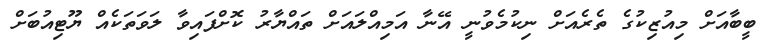
ބީބާއަށް މިއުޒިކުގެ ތެރެއަށް ނިކުމެވުނީ އޭނާ އަމިއްލައަށް ތައްޔާރު ކޮށްފައިވާ ލަވަތަކެއް ޔޫޓިއުބަށް